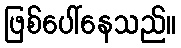
ဖြစ်ပေါ်နေသည်။